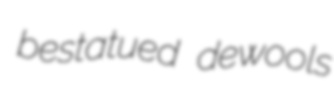
bestatued dewools